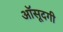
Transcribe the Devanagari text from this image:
आॅसूदगी